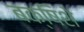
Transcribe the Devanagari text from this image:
बक्षिशे